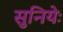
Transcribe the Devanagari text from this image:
सुनियेः